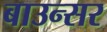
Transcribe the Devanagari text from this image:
बाउन्सर